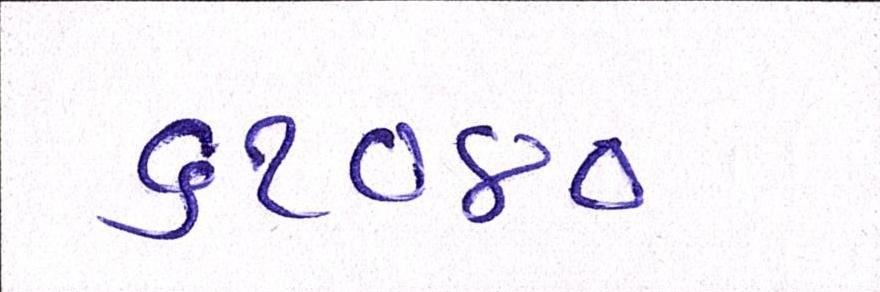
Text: ૬૧૦૪૦